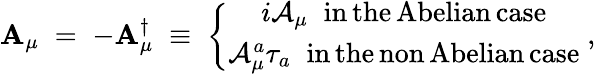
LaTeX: \mathbf{A}_{\mu}\; =\; -\mathbf{A}_{\mu}^{\dagger}\; \equiv\; \left\{ \begin{array}{c}{{i{\mathcal A}_{\mu}\; \; \mathrm{in\, the\, Abelian\, case}}}\\ {{{\mathcal A}_{\mu}^{a}\tau_{a}\; \; \mathrm{in\, the\, non\, Abelian\, case}}}\end{array}\right.\; ,